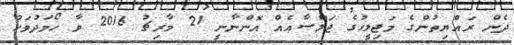
ދެން ރައްޔިތުންގެ މަޖިލީހުގެ ޖަލްސާއެއް އޮންނާނީ 21 މާރިޗު 2016 ވާ ހޯމަދުވަހު